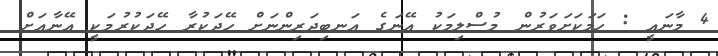
4 މާނައީ : ހަމަކަށަވަރުން މުސްލިމަކު އޭނަގެ އަނބިދަރިންނަށް ހޭދަކުރާ ހޭދަކުރުމަކީ އޭނާއަށް